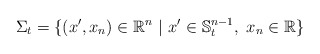
\begin{align*}\Sigma_t=\{(x',x_n)\in \mathbb{R}^n\ |\ x'\in \mathbb{S}_t^{n-1},\ x_n\in \mathbb{R}\}\end{align*}